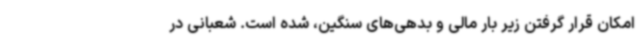
امکان قرار گرفتن زیر بار مالی و بدهی‌های سنگین، شده است. شعبانی در